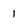
Character: 1